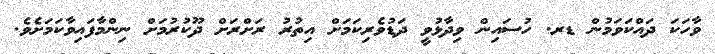
ވާހަކަ ދައްކަވަމުން ޑރ. ހުސައިން ވިދާޅުވީ ދަޑުވެރިކަމަށް އިތުރު ރަށްރަށް ދޫކުރުމަށް ނިންމާފައިވާކަމަށެވެ.